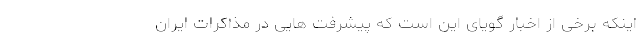
اینکه برخی از اخبار گویای این است که پیشرفت هایی در مذاکرات ایران